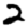
Digit: 2